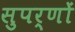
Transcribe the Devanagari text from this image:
सुपर्णों